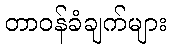
တာဝန်ခံချက်များ